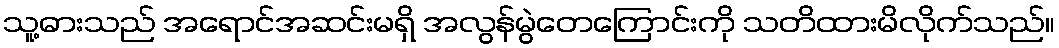
သူ့ဓားသည် အရောင်အဆင်းမရှိ အလွန်မွဲတေကြောင်းကို သတိထားမိလိုက်သည်။